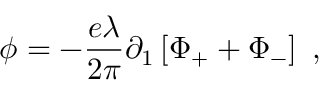
\phi = - \frac { e \lambda } { 2 \pi } \partial _ { 1 } \left[ \Phi _ { + } + \Phi _ { - } \right] \ ,